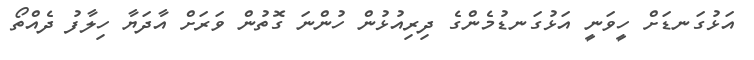
އަޅުގަނޑަށް ހީވަނީ އަޅުގަނޑުމެންގެ ދިރިއުޅުން ހުންނަ ގޮތުން ވަރަށް އާދަޔާ ހިލާފު ދެއްތޯ